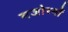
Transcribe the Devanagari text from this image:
बजोरनों